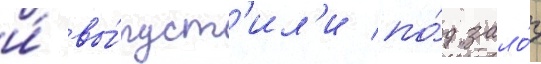
и́ вы́пуст'ил'и по́д зало́г